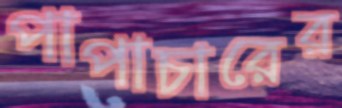
পাপাচারের